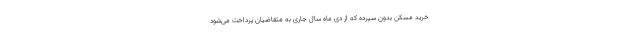
خرید مسکن بدون سپرده که از دی ماه سال جاری به متقاضیان پرداخت می‌شود